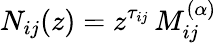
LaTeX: N_{ij}(z)=z^{\tau_{ij}}\, M_{ij}^{(\alpha)}